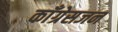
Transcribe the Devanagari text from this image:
काँग्रेसजन